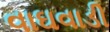
વાઘવાડી